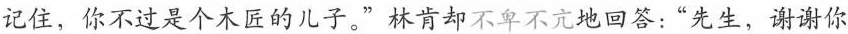
记住，你不过是个木匠的儿子。”林肯却不卑不亢地回答：”先生，谢谢你